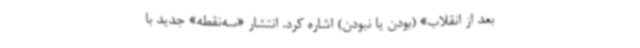
بعد از انقلاب» (بودن یا نبودن) اشاره کرد. انتشار «سه‌نقطه» جدید با